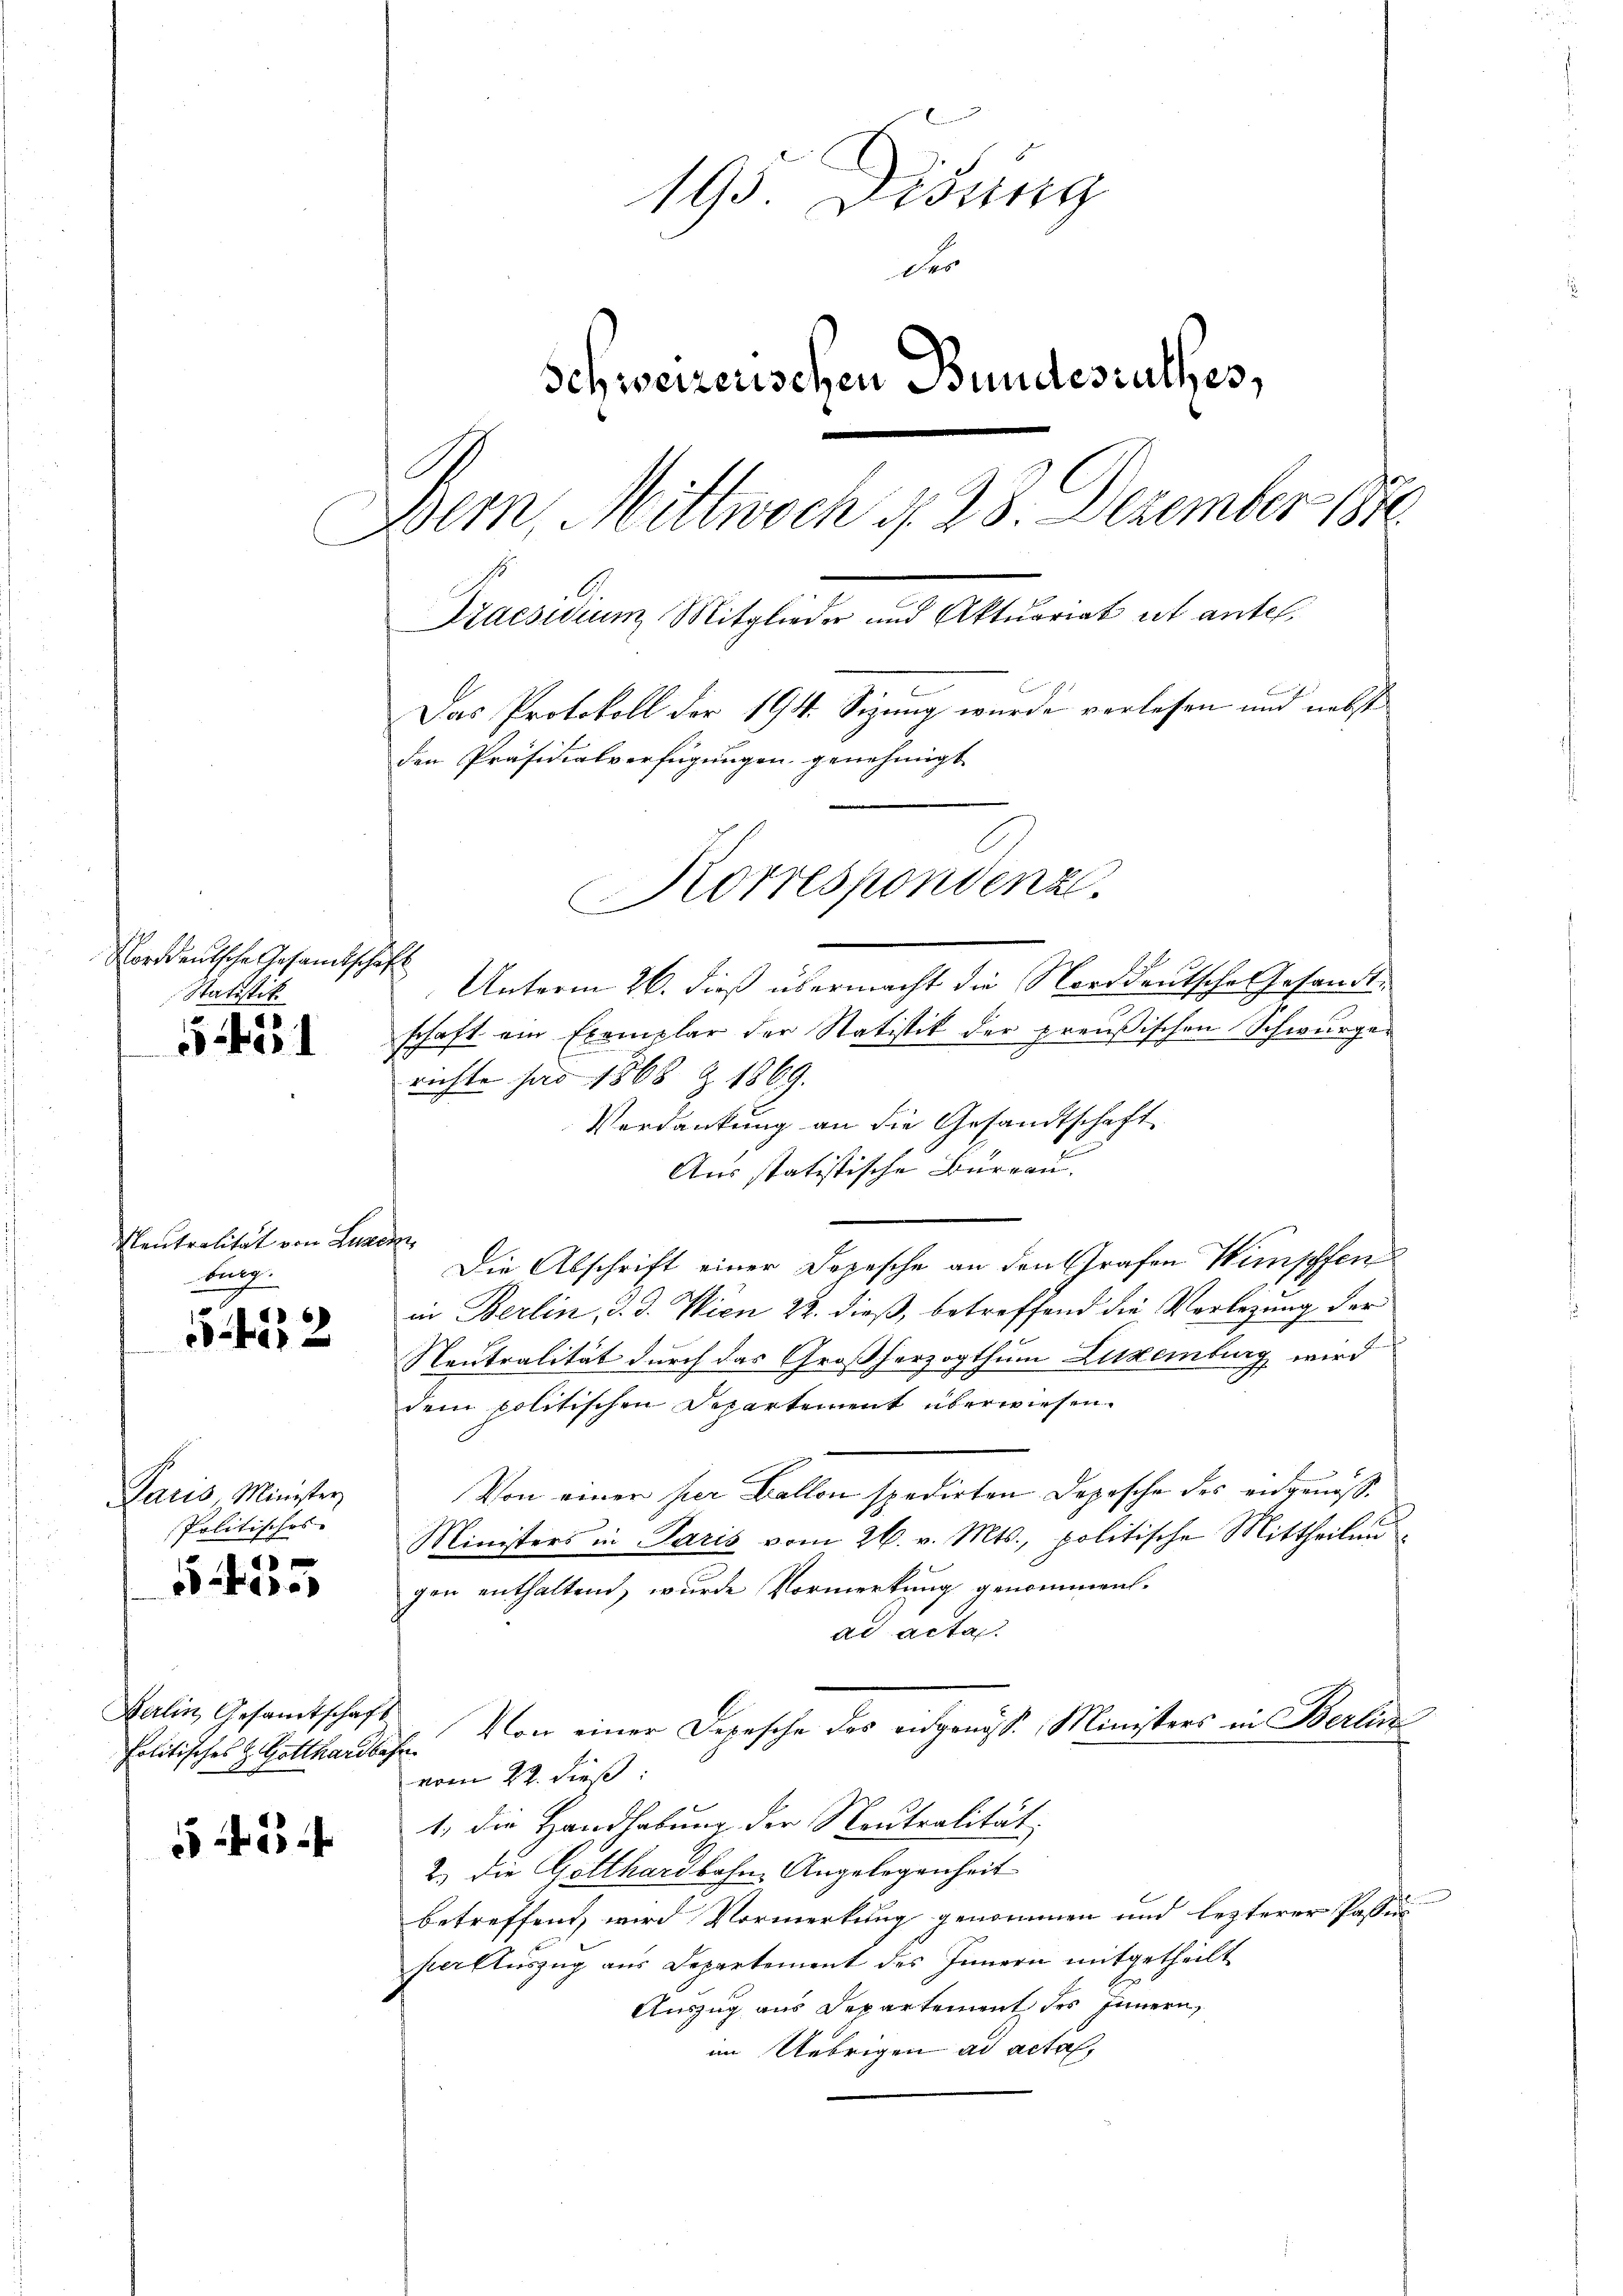
Norddeutsche Gesandtschaft
Statistik

2

Neutralität von Luze
bung

.
. 432

Paris Minister
Politisches
x
40

Berlin, Gesamtschaft
Politisches H. Gotthardba

5 f 55 xx

193. Didung
der
Schweizerischen Bundesrathes,
Dem Mittwoch d. 28. Dezember 1884.
Praesidium Mitglieder und Aktuariat ist antel.
Das Protokoll der 194. Sizung wurde verlesen und nebst
den Präsidialverfügungen genehmigt.
6
Korrespondenz.
Unterm 26. dieß übermacht die Norddeutsche Gesandtschaft ein Exemplar der Statistik der preußischen Schwurge¬

ruchte pro 1868 Z 1869.
Verdankung an die Gesandtschaft
Aus statistische Büreau.
h
Die Abschrift einer Depesche an den Grafen Wimpffen
in Berlin, d. d. Wien 22. dieß, betreffend die Vorlegung der
Neutralität durch das Großherzogthum Luxenburg wird
dem politischen Departement überwiesen.
Von einer per Ballon spedirten Depesche des eidgenöß¬
Ministers in Paris vom 26. v. Mts., politische Mittheilen
gen enthaltend, wurde Vormerkung genommen.
ad acta
Von einer Depesche des eidgenöss. Ministers in Berlin
f
vom 22. dieß:
1. die Handhabung der Neutralität:
2.) Die Gotthardbahne Angelegenheit
betreffend wird Vormerkung genommen und lezterer Passi
herfluszug aus Departement des Innern mitgetheilt
Auszug aus Departement des Innern,
im Uebrigen ad acta,